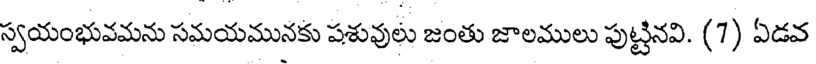
స్వయంభువమను సమయమునకు పశువులు జంతు జాలములు పుట్టినవి. (7) ఏడవ